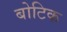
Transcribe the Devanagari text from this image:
बोटिक